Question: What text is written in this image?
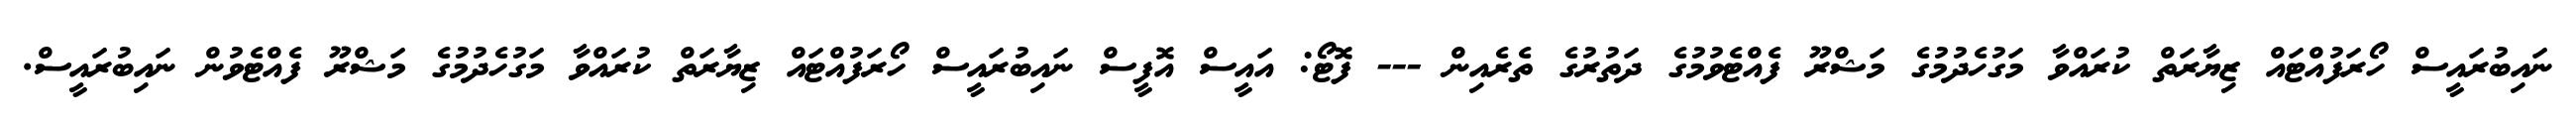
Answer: ނައިބުރައީސް ހޯރަފުއްޓައް ޒިޔާރަތް ކުރައްވާ މަގުހެދުމުގެ މަޝްރޫ ފެއްޓެވުމުގެ ދަތުރުގެ ތެރެއިން --- ފޮޓޯ: އައީސް އޮފީސް ނައިބުރައީސް ހޯރަފުއްޓައް ޒިޔާރަތް ކުރައްވާ މަގުހެދުމުގެ މަޝްރޫ ފެއްޓެވުން ނައިބުރައީސް.